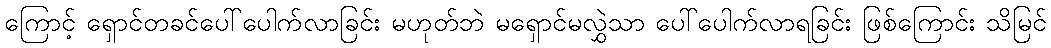
ကြောင့် ရှောင်တခင်ပေါ်ပေါက်လာခြင်း မဟုတ်ဘဲ မရှောင်မလွှဲသာ ပေါ်ပေါက်လာရခြင်း ဖြစ်ကြောင်း သိမြင်